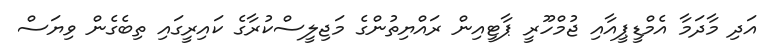
އަދި މާދަމާ އެމްޑީޕީއާއި ޖުމްހޫރީ ޕާޓީއިން ރައްޔިތުންގެ މަޖިލީސްކުރާގެ ކައިރީގައި ތިބެގެން ވިޔަސް